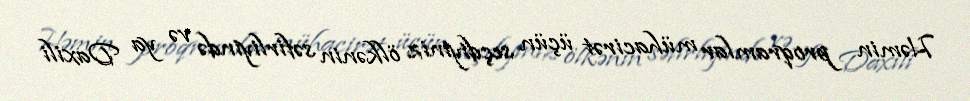
Həmin proqramlar mühacirət üçün seçdiyiniz ölkənin səfirliyində və ya Daxili